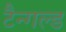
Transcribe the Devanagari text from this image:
टैन्गल्ड